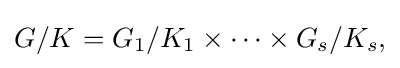
\displaystyle {G/K=G_{1}/K_{1}\times \cdots \times G_{s}/K_{s},}